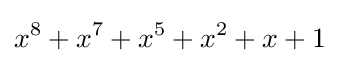
x^{8}+x^{7}+x^{5}+x^{2}+x+1